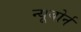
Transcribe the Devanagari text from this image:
न्यूबोर्न